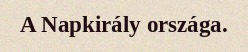
A Napkirály országa.